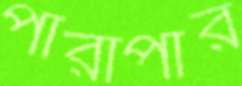
পারাপার